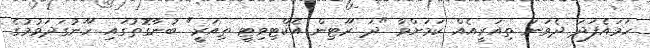
ހަމައެފަދަ ދެވަނަ ތިއަރީއެއް ކަމަށްވާ "ދަ ރޫޓިން އެކްޓިވިޓީ ތިއަރީ" ބުނާގޮތުގައި ހޫނުގަދަވުމުގެ